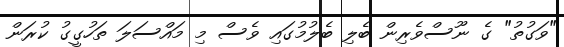
"ވަގުތު" ގެ ނޫސްވެރިން ބެލި ބެލުމުގައި ވެސް މި މައްސަލަ ތަހުގީގު ކުރަން